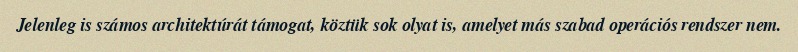
Jelenleg is számos architektúrát támogat, köztük sok olyat is, amelyet más szabad operációs rendszer nem.